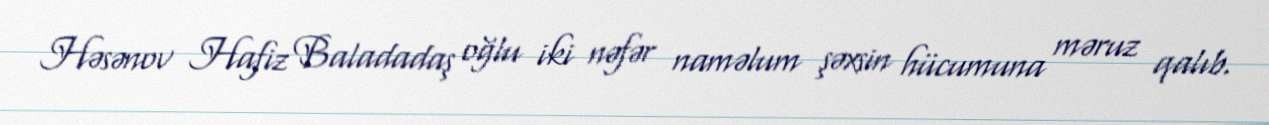
Həsənov Hafiz Baladadaş oğlu iki nəfər naməlum şəxsin hücumuna məruz qalıb.